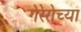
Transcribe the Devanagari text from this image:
गेरेरोच्या